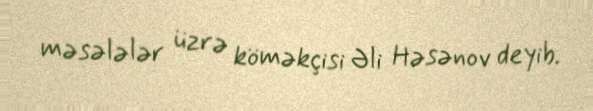
məsələlər üzrə köməkçisi Əli Həsənov deyib.